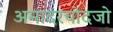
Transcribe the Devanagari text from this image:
अमादरचोदजो